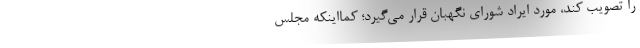
را تصویب کند، مورد ایراد شورای نگهبان قرار می‌گیرد؛ کما‌اینکه مجلس